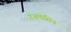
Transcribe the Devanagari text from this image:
गजमोतिन